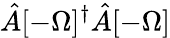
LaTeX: \hat{A}[-\Omega]^{\dagger}\hat{A}[-\Omega]